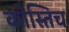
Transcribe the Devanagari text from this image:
कोस्तिच